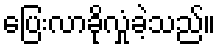
ပြေးလာခိုလှုံခဲ့သည်။